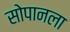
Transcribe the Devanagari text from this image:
सोपानला